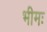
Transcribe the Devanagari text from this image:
भीमः